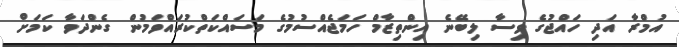
އުމްރާ އަދި ހައްޖުގެ ވިސާ ލިބޭނެ އިންތިޒާމް ހަމަޖެއްސުމުގެ މަސައްކަތްކުރައްވަމުން ގެންދަވާ ކަމަށް